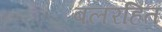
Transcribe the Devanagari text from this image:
बलरहित